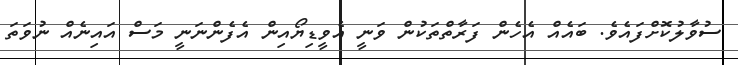
ސުވާލުކޮށްފައެވެ. ބައެއް އެހެން ފަރާތްތަކުން ވަނީ އެވީޑިޔޯއިން އެފެންނަނީ މަސް އައިނެއް ނުވަތަ